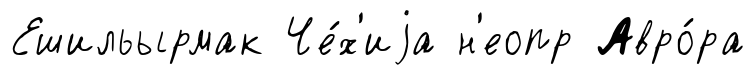
Ешильырмак Че́х'иjа н'еопр Авро́ра